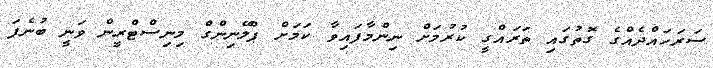
ސަރަހައްދެއްގެ ގޮތުގައި ތަރައްގީ ކުރުމަށް ނިންމާފައިވާ ކަމަށް ޕްލޭނިންގް މިނިސްޓްރީން ވަނީ ބުނެފަ